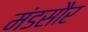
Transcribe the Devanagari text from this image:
मंडसौर